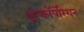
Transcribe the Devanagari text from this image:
इन्कॉर्पोरेशन